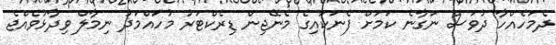
ދެމަހެއްހާ ދުވަސް ނަގާނެ ކަމަށް ފެނަކައިގެ މެނޭޖިން ޑިރެކްޓަރު މުހައްމަދު ނިމާލް ވިދާޅުވެއްޖެ